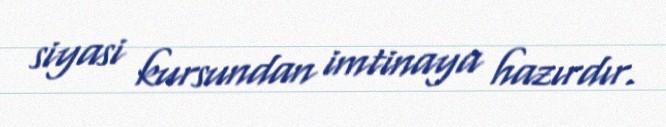
siyasi kursundan imtinaya hazırdır.